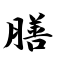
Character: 膳